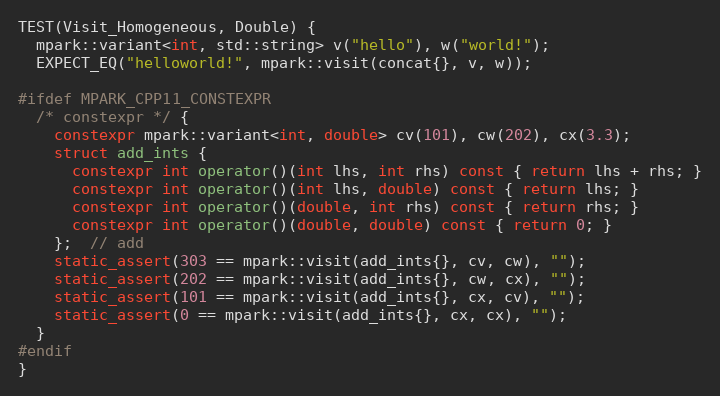
Language: C++
TEST(Visit_Homogeneous, Double) {
  mpark::variant<int, std::string> v("hello"), w("world!");
  EXPECT_EQ("helloworld!", mpark::visit(concat{}, v, w));

#ifdef MPARK_CPP11_CONSTEXPR
  /* constexpr */ {
    constexpr mpark::variant<int, double> cv(101), cw(202), cx(3.3);
    struct add_ints {
      constexpr int operator()(int lhs, int rhs) const { return lhs + rhs; }
      constexpr int operator()(int lhs, double) const { return lhs; }
      constexpr int operator()(double, int rhs) const { return rhs; }
      constexpr int operator()(double, double) const { return 0; }
    };  // add
    static_assert(303 == mpark::visit(add_ints{}, cv, cw), "");
    static_assert(202 == mpark::visit(add_ints{}, cw, cx), "");
    static_assert(101 == mpark::visit(add_ints{}, cx, cv), "");
    static_assert(0 == mpark::visit(add_ints{}, cx, cx), "");
  }
#endif
}